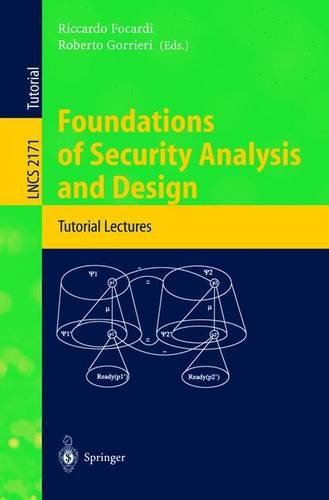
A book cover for Foundations of Security Analysis and Design: Tutorial Lectures (Lecture Notes in Computer Science); Computers & Technology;